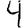
Digit: 4